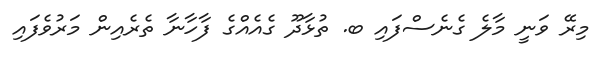
މިރޭ ވަނީ މާލެ ގެނެސްފައި ބ. ތުޅާދޫ ގެއެއްގެ ފާހާނާ ތެރެއިން މަރުވެފައި